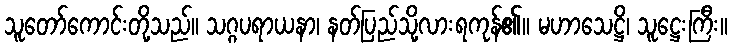
သူတော်ကောင်းတို့သည်။ သဂ္ဂပရာယနာ၊ နတ်ပြည်သို့လားရကုန်၏။ မဟာသေဋ္ဌိ၊ သူဋ္ဌေးကြီး။